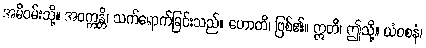
အမိဝမ်းသို့။ အဝက္ကန္တိ၊ သက်ရောက်ခြင်းသည်။ ဟောတိ၊ ဖြစ်၏။ ဣတိ၊ ဤသို့။ ယံဝစနံ၊